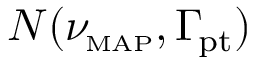
{ \cal N } ( \ensuremath { \ensuremath { \boldsymbol \nu } _ { \! \mathrm { { \scriptscriptstyle M A P } } } } , \ensuremath { \boldsymbol \Gamma _ { \! \mathrm { { p t } } } } )